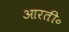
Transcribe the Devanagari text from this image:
आरती॰